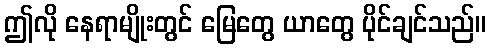
ဤလို နေရာမျိုးတွင် မြေတွေ ယာတွေ ပိုင်ချင်သည်။